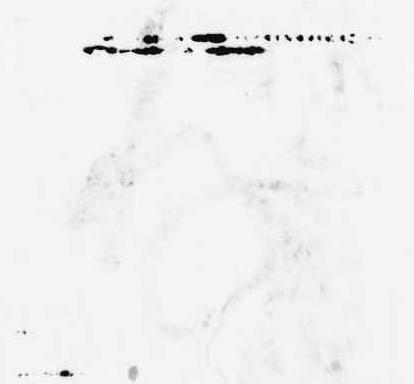
存